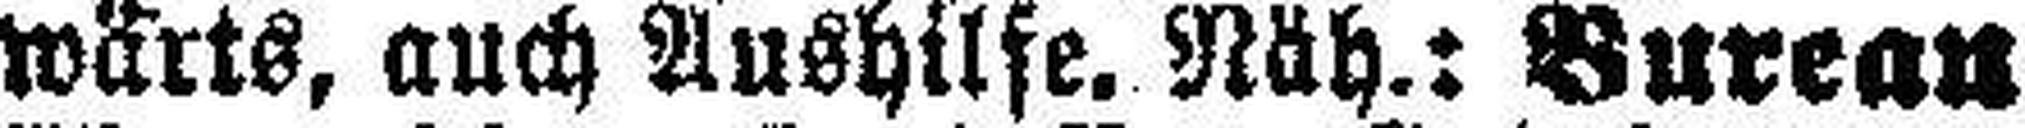
wärts, auch Aushilfe. Näh.: Bureau